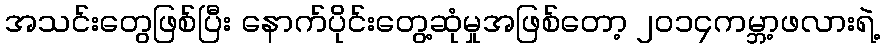
အသင်းတွေဖြစ်ပြီး နောက်ပိုင်းတွေ့ဆုံမှုအဖြစ်တော့ ၂၀၁၄ကမ္ဘာ့ဖလားရဲ့